Annual statistical returns and brief notes on vaccination in Bengal - 1896-1909
Year: 1896
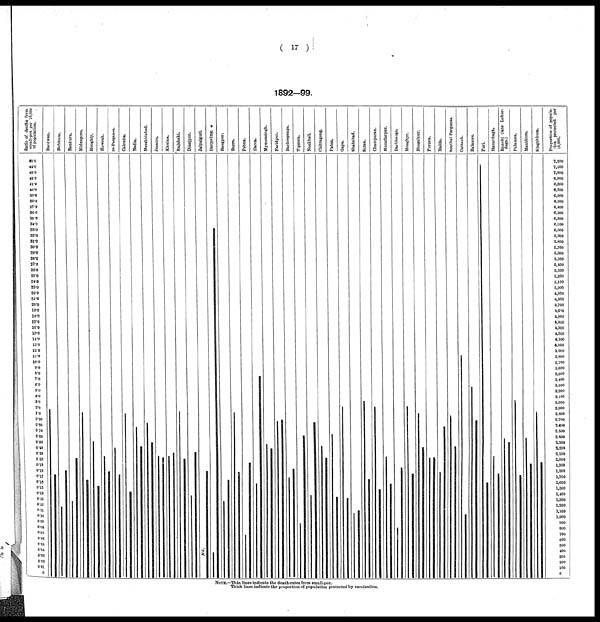
( 17 )
1892—99.
NOTE.—Thin lines indicate the death-rates from small-pox.
Thick lines indicate the proportion of population protected by vaccination.